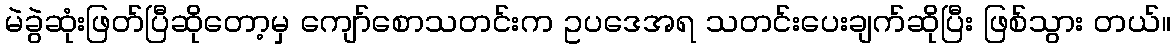
မဲခွဲဆုံးဖြတ်ပြီဆိုတော့မှ ကျော်စောသတင်းက ဥပဒေအရ သတင်းပေးချက်ဆိုပြီး ဖြစ်သွား တယ်။